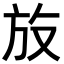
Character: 𪯳